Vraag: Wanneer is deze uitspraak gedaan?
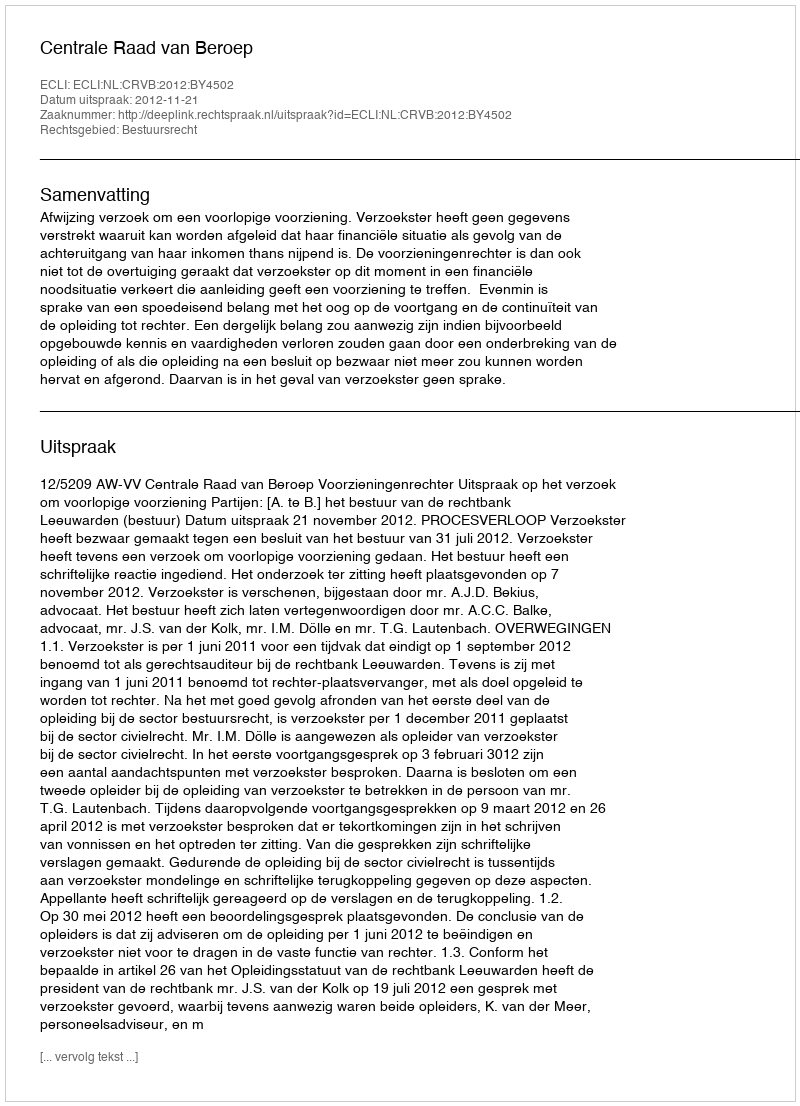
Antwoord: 2012-11-21